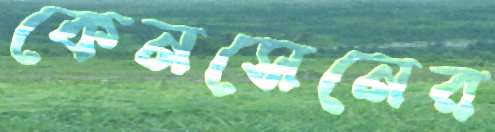
কেনসেনের